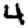
Digit: 4